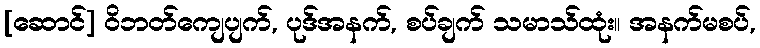
[ဆောင်] ဝိဘတ်ကျေပျက်, ပုဒ်အနက်, စပ်ချက် သမာသ်ထုံး။ အနက်မစပ်,